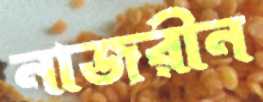
নাজরীন